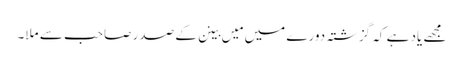
مجھے یاد ہے کہ گزشتہ دورے میں مَیں بینن کے صدر صاحب سے ملا۔